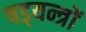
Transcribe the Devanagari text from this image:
षड्‍यन्त्रों